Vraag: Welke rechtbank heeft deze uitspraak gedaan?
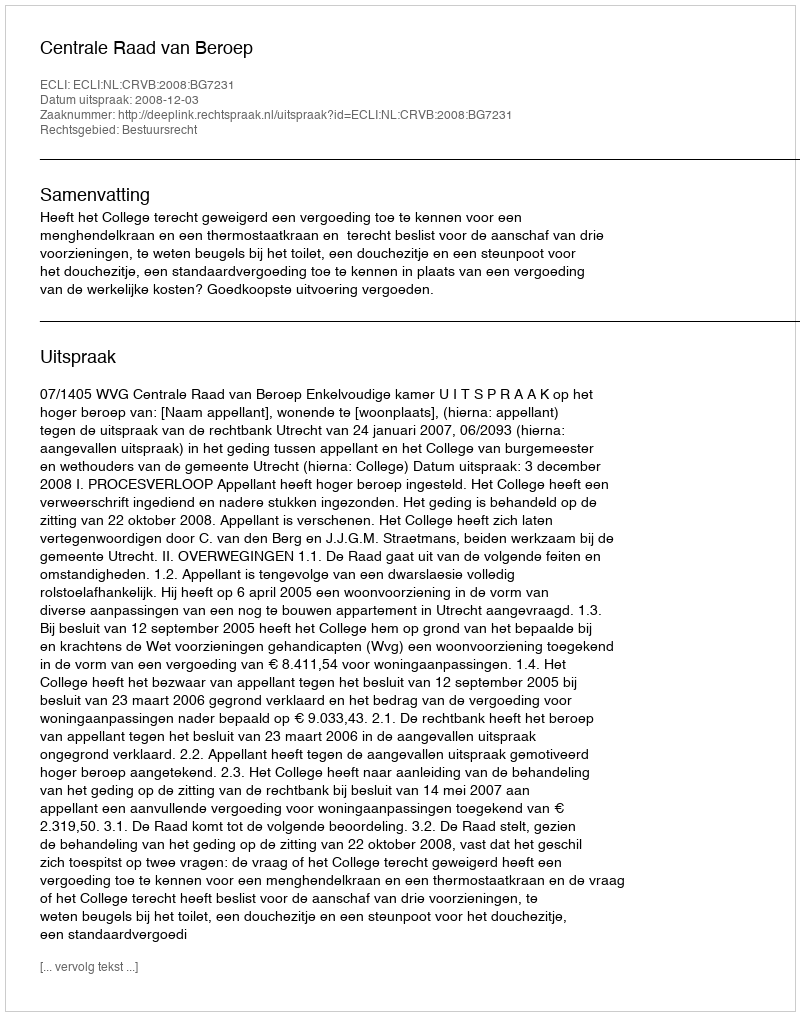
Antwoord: Centrale Raad van Beroep